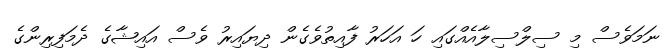
ނަމަވެސް މި ސިލްސިލާއެއްގައި ހަ އަހަރު ފާއިތުވެގެން ދިޔައިރު ވެސް އައިޝާގެ ދެމަފިރިންގެ